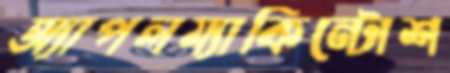
অ্যাপলম্যাকিন্টোশ